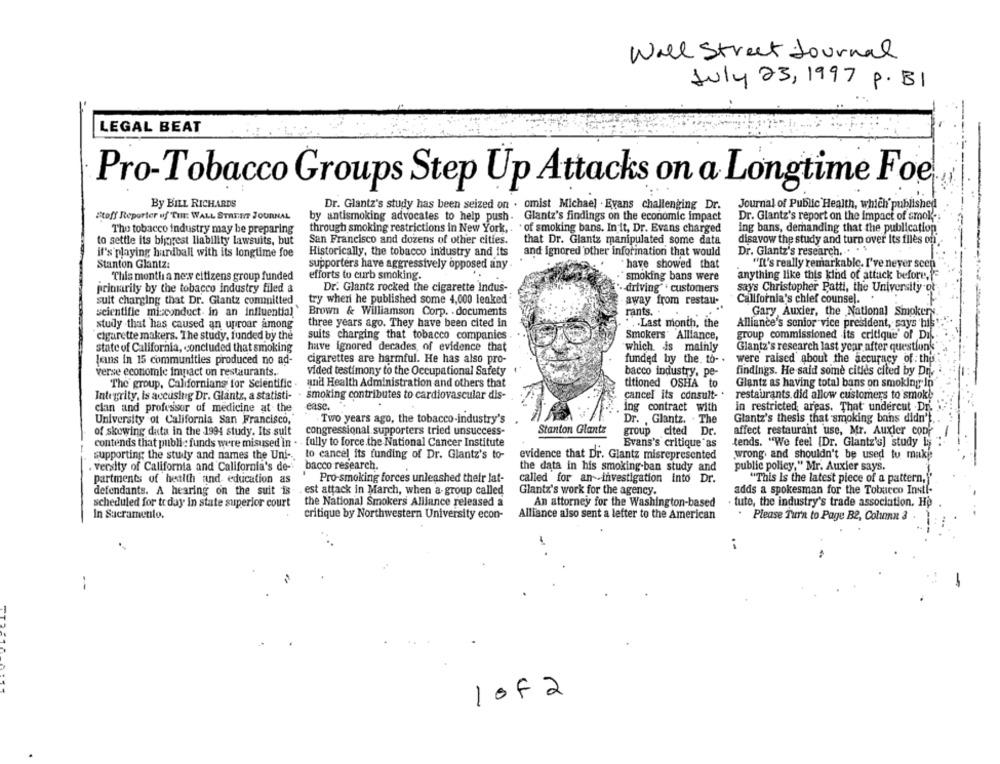
Wall Street Journal
July 23, 1997 P. B1
LEGAL BEAT
Pro-Tobacco Groups Step Up Attacks on a Longtime Foe
By BILL RICHARDS
Dr. Glantz's study has been seized on . omist Michael . Evans challenging Dr.
Journal of Public Health, which published
Stoff Reporter uf THE WALL STREET JOURNAL
by antismoking advocates to help push. Glantz's findings on the economic impact
Glantz's findings on the economic impact
Dr. Glantz's report on the impact of smoke .;
The tobacco industry may be preparing
through smoking restrictions in New York, . . of smoking bans. In it, Dr. Evans charged
ing bans, demanding that the publication
to settle its biggest liability lawsuits, but
San Francisco and dozens of other cities.
that Dr. Glantz manipulated some data
disavow the study and turn over Its files on
it's playing hundball with its longtime foe
Historically, the tobacco industry and its
and ignored other inforination that would
Dr. Glantz's research. . .
Stanton Glantz:
supporters have aggressively opposed any .
have showed that
"It's really remarkable. I've never seen
efforts to curb smoking.
smoking bans were
anything like this kind of attack before.f=
This month a new citizens group funded
primarily by the tobacco industry filed a
Dr. Glantz rocked the cigarette Indus-
.- driving" . customers
says Christopher Patti, the University of
California's chief counsel.
suit charging that Dr. Glantz committed
try when he published some 4,000 leaked
away from restau-
scientific misconduct. in an influential"
Brown & Williamson Corp. . documents
rants. .
Gary Auxier, the National Smokers
study .that has caused an uproar among
three years ago. They have been cited in
.Last month, the
Alliance's senior vice president, says his"
cigarette makers. The study, funded by the
suits charging that tobacco companies
Smokers" Alliance,
group commissioned its critique' of Dif
state of California, concluded that smoking
have ignored decades of evidence that
which is mainly
Glantz's research last year after questions
cigarettes are harmful. He has also pro-
funded by the. to- .
were raised about the accuracy of the
Jans in 15 communities produced no ad-
verse economie impact on restaurants.
vided testimony to the Occupational Safety
bacco industry, pe-
findings. He said some cities cited by Dr.
The group, Californians for Scientific.
and Health Administration and others that
titioned OSHA to
Glantz as having total bans on smoking in
Integrity, is accusing Dr. Glantz, a statisti- - smoking contributes to cardiovascular dis-
cancel its consult-
restaurants. did allow customers to smoke
ease.
clan and professor of medicine at the
ing contract with
in restricted areas. That undercut .Dr.
University of California San Francisco,
Two years ago, the tobacco-industry's
Dr. , Glantz. . The
Glantz's thesis that smoking bans didn't
Stanton Glantz
of skewing duta in the 1994 study. Its suit
congressional supporters tried unsuccess-
group cited Dr.
affect restaurant use, Mr. Auxier con
contends that public funds were misused in . - fully to force.the National Cancer Institute
Evans's critique as
tends. "We feel [Dr. Glantz's] study L;
supporting the study and names the Uni -..
to cancel its funding of Dr. Glantz's to-
evidence that Dr. Glantz misrepresented
wrong. and shouldn't be used to maki
versity of California and California's de-
bacco research.
the data in his smoking-ban study and
public policy," Mr. Auxier says.
partments of health and education as
Pro-smoking forces unleashed their lat-
called for an investigation into Dr.
"This is the latest piece of a pattern,"'
adds a spokesman for the Tobacco Instl-
defendants. A hearing on the suit is
est attack in March, when a-group called
Glantz's work for the agency.
scheduled for tr day in state superior court
the National Smokers Alliance released a
An attorney for the Washington-based
. tuto, the industry's trade association. Hp
In Sacramento.
critique by Northwestern University econ-
Alliance also sent a letter to the American
. Please Turn to Page B2, Colinnn 3
..
--
-
10F2